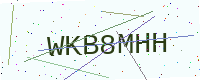
Text: WKB8MHH